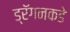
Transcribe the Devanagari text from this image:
ड्रॅगनकडे